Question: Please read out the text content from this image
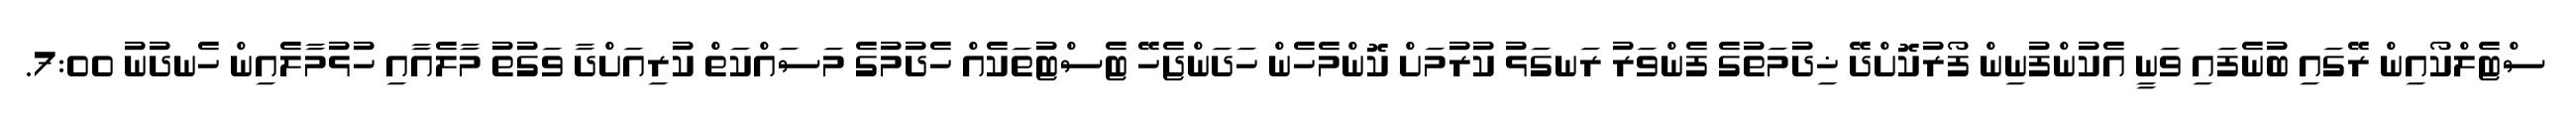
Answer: ސްޓެލްކޯއިން ރޭގައި ބުނެފައި ވަނީ އެކުންފުނިން ފޯރުކޮށްދޭ ޚިދުމަތުގެ ފެންވަރު ރަނގަޅު ކުރުމަށް ކޮންމެހެން ހަދަންޖެހޭ ޓެސްޓުތަކެއް ހެދުމުގެ މަސައްކަތް ކުރިއަށްދާ ވަގުތު މާލެއާއި ހުޅުމާލެއިން ހެނދުނު 7:00.